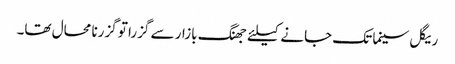
ریگل سینما تک جانے کیلئے جھنگ بازار سے گزرا تو گزرنا محال تھا۔